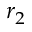
r _ { 2 }